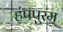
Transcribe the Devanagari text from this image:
हंपपुरम्